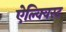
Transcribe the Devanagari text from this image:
ऐल्क्विस्ट